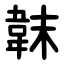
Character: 韎